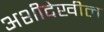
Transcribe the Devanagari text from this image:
अशीदेखील